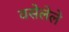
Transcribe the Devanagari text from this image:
वसेलेले